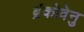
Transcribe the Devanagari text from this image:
ब्रंकोवेनु